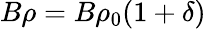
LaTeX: \begin{array}{r}{B\rho=B\rho_{0}(1+\delta)}\end{array}